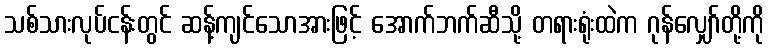
သစ်သားလုပ်ငန်းတွင် ဆန့်ကျင်သောအားဖြင့် အောက်ဘက်ဆီသို့ တရားရုံးထဲက ဂုန်လျှော်တို့ကို